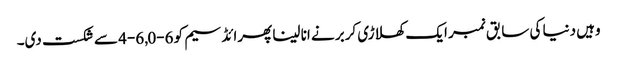
وہیں دنیا کی سابق نمبر ایک کھلاڑی کربر نے انا لینا پھرائڈسیم کو 6-0, 6-4 سے شکست دی۔